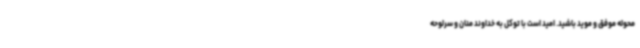
محوله موفق و موید باشید. امید است با توکل به خداوند منان و سرلوحه